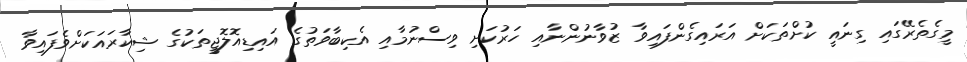
މީގެތެރޭގައި ގިނައީ ކުށްތަކަށް އަރައިގެންފައިވާ ޒުވާނުންނާއި ހަރުކަށި ވިސްނުމާއި އެކިބާވަތުގެ އައިޑިއޮލޮޖީތަކުގެ ޝިކާރައަކަށްވެފައިވާ